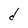
Character: d